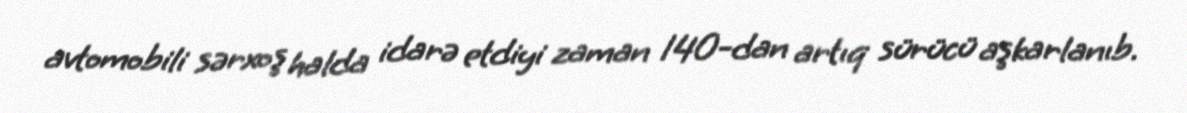
avtomobili sərxoş halda idarə etdiyi zaman 140-dan artıq sürücü aşkarlanıb.